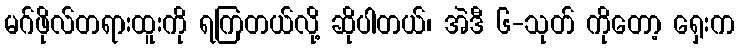
မဂ်ဖိုလ်တရားထူးကို ရကြတယ်လို့ ဆိုပါတယ်၊ အဲဒီ ၆-သုတ် ကိုတော့ ရှေးက